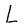
Character: L